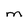
Character: m